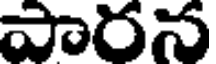
పారన